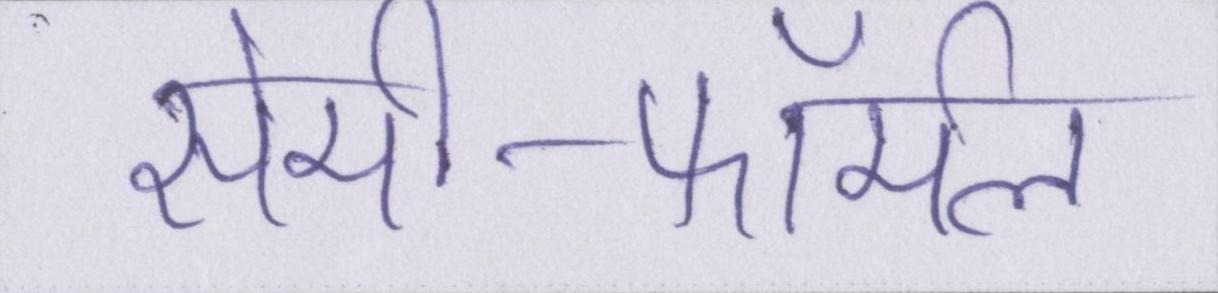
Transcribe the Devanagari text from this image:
सेमी-फॉर्मल